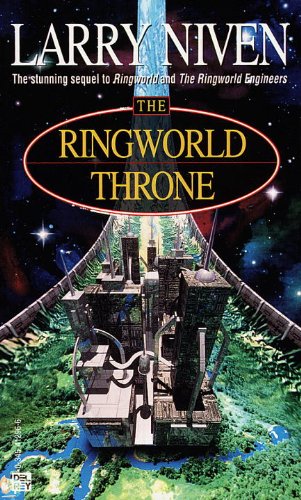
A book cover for The Ringworld Throne; Larry Niven; Science Fiction & Fantasy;